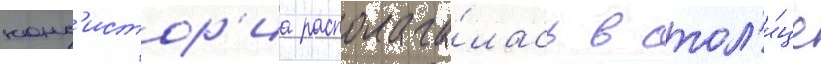
конс'истор'иа располага́лась в стол'и́це